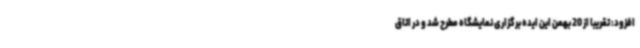
افزود: تقریبا از 20 بهمن این ایده برگزاری نمایشگاه مطرح شد و در اتاق